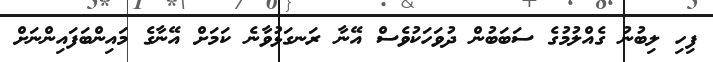
ފިހި ލިބުނު ގެއްލުމުގެ ސަބަބުން ދުވަހަކުވެސް އޭނާ ރަނގަޅުވާނެ ކަމަށް އޭނާގެ މައިންބަފައިންނަށް